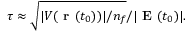
\tau \approx \sqrt { | V ( { \textbf { r } } ( t _ { 0 } ) ) | / n _ { f } } / | \textbf { E } ( t _ { 0 } ) | .